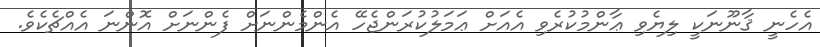
އެހެނީ ޤާނޫނަކީ ލިޔެވި ޢާންމުކުރެވި އެއަށް ޢަމަލުކުރަންޖެހޭ އެންމެންނަށް ފެންނަށް އޮންނަ އެއްޗެކެވެ.